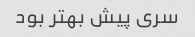
سری پیش بهتر بود